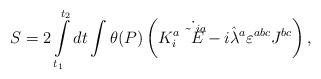
LaTeX: \begin{align*}S=2\int\limits_{t_1}^{t_2}dt\int\theta(P)\left(K^a_i\dot{\tilde E^{ia}}-i\hat\lambda^a\varepsilon^{abc}J^{bc}\right),\end{align*}